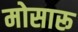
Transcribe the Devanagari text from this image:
मोसारू